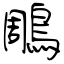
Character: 鵰